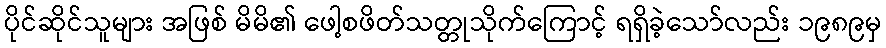
ပိုင်ဆိုင်သူများ အဖြစ် မိမိ၏ ဖေါ့စဖိတ်သတ္တုသိုက်ကြောင့် ရရှိခဲ့သော်လည်း ၁၉၈၉မှ